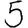
Digit: 5